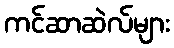
ကင်ဆာဆဲလ်များ